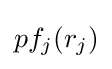
pf_{j}(r_{j})